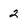
Character: 2